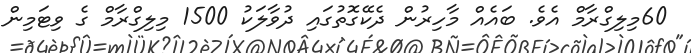
60މިލިގްރާމް އެވެ. ބައެއް މާހިރުން ދެކޭގޮތުގައި ދުވާލަކު 1500 މިލިގްރާމް ގެ ވިޓަމިން